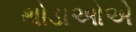
થોડાઓએ